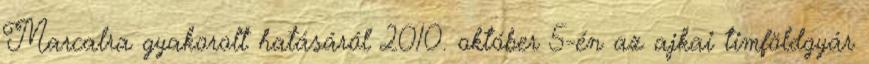
Marcalra gyakorolt hatásáról 2010. október 5-én az ajkai timföldgyár